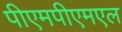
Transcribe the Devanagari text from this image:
पीएमपीएमएल